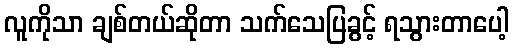
လူကိုသာ ချစ်တယ်ဆိုတာ သက်သေပြခွင့် ရသွားတာပေါ့